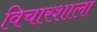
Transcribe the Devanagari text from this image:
विचारशाला